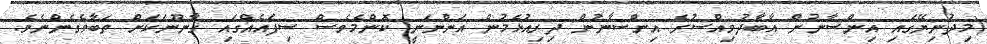
(މިދުނިޔޭގައި އިންސާނުން އާބާދުވިއްސުރެ އިންސާނުން ދިރިއުޅެމުން އަންނަނީ ކޮންމެވެސް ސިފައެއްގައި ޤާނޫނަކަށް ތަބާވެގެންނެވެ.